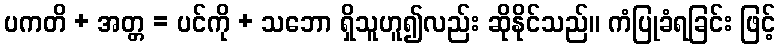
ပကတိ + အတ္တ = ပင်ကို + သဘော ရှိသူဟူ၍လည်း ဆိုနိုင်သည်။ ကံပြုခံရခြင်း ဖြင့်